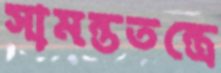
সামন্ততন্ত্রে